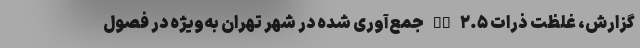
گزارش، غلظت ذرات PM ۲.۵ جمع‌آوری شده در شهر تهران به‌ویژه در فصول